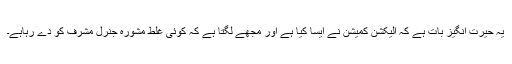
یہ حیرت انگیز بات ہے کہ الیکشن کمیشن نے ایسا کیا ہے اور مجھے لگتا ہے کہ کوئی غلط مشورہ جنرل مشرف کو دے رہاہے۔